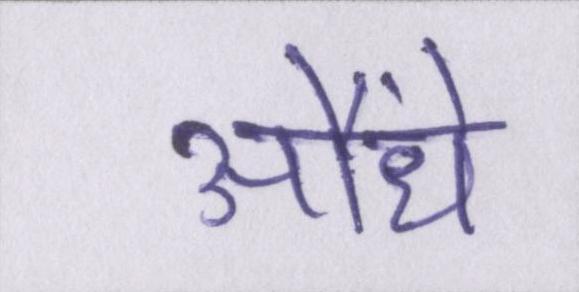
औंधे